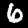
Label: 6